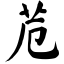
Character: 苊